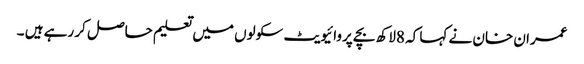
عمران خان نے کہا کہ 8لاکھ بچے پروائیویٹ سکولوں میں تعلیم حاصل کر رہے ہیں ۔